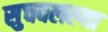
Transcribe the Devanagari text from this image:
सुचवलल्या